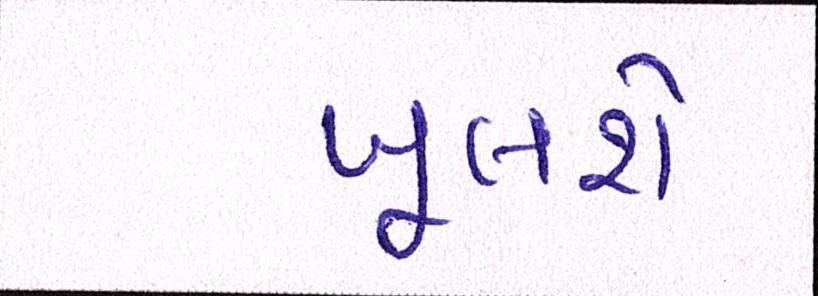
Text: ખૂલશે